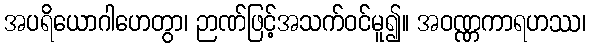
အပရိယောဂါဟေတွာ၊ ဉာဏ်ဖြင့်အသက်ဝင်မူ၍။ အဝဏ္ဏကာရဟဿ၊